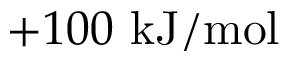
+ 1 0 0 \ \mathrm { k J / m o l }